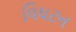
વિઘટન